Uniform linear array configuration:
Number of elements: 32
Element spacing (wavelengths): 0.25
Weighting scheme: uniform
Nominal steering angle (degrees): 60
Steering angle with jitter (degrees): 58.563
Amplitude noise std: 0.05
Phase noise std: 0.05

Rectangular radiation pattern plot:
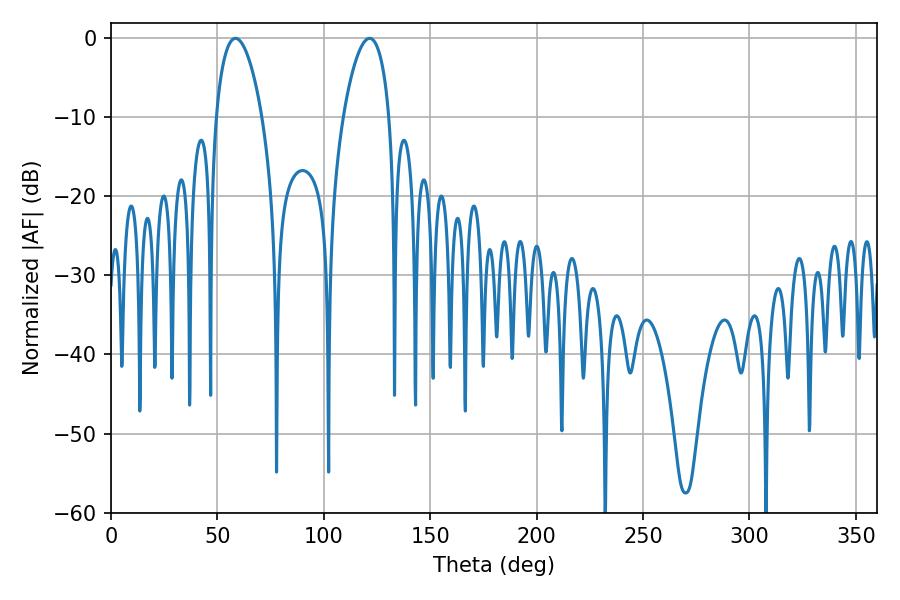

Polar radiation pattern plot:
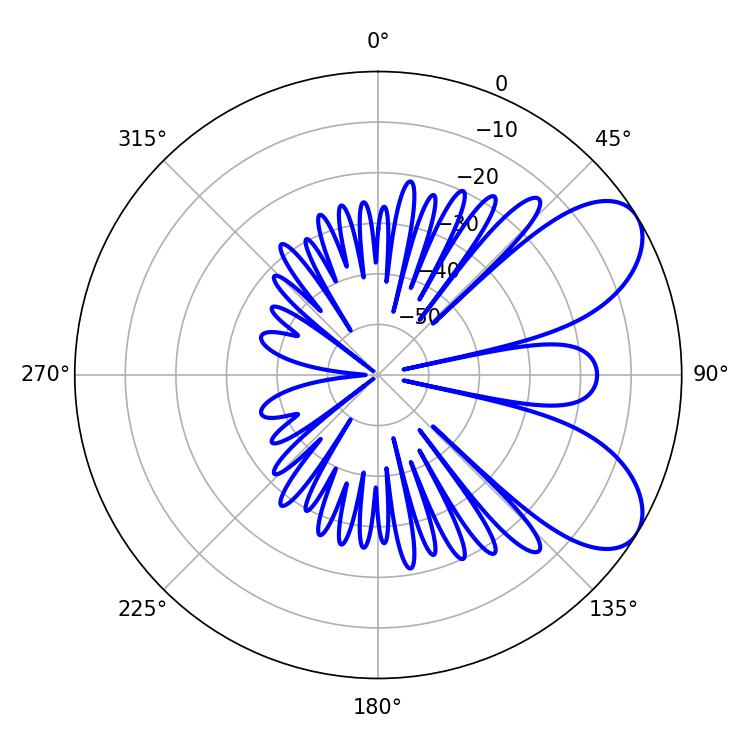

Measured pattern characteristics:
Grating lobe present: FALSE
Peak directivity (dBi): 7.037
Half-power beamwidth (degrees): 12.24
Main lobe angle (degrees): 58.5